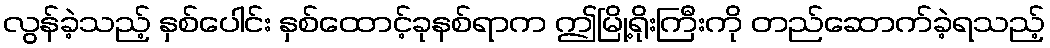
လွန်ခဲ့သည့် နှစ်ပေါင်း နှစ်ထောင့်ခုနစ်ရာက ဤမြို့ရိုးကြီးကို တည်ဆောက်ခဲ့ရသည့်